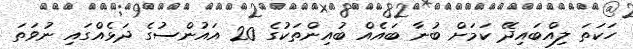
ހަކަތަ ލިއްބައިދޭ ކަމަށް ބުނާ ބައެއް ބުއިންތަކުގެ 20 އައުންސުގެ ދަޅެއްގައި ނުވަތަ